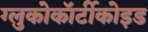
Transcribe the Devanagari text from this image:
ग्लुकोकॉर्टीकोइड